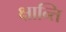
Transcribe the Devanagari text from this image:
क्षान्ति